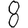
Digit: 8